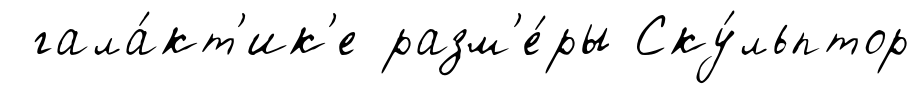
гала́кт'ик'е разм'е́ры Ску́льптор